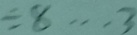
\div 8 \cdots 3